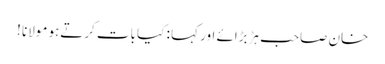
خان صاحب ہڑبڑائے اور کہا : کیا بات کرتےہو مولانا !